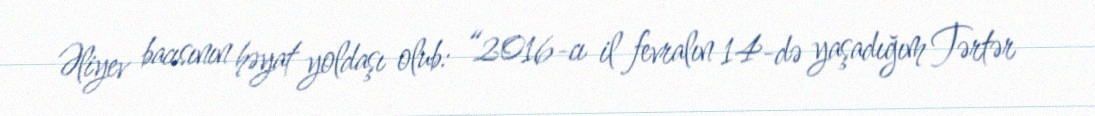
Əliyev bacısının həyat yoldaşı olub: “2016-cı il fevralın 14-də yaşadığım Tərtər